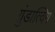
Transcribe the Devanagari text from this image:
ग्रुंडात्विग